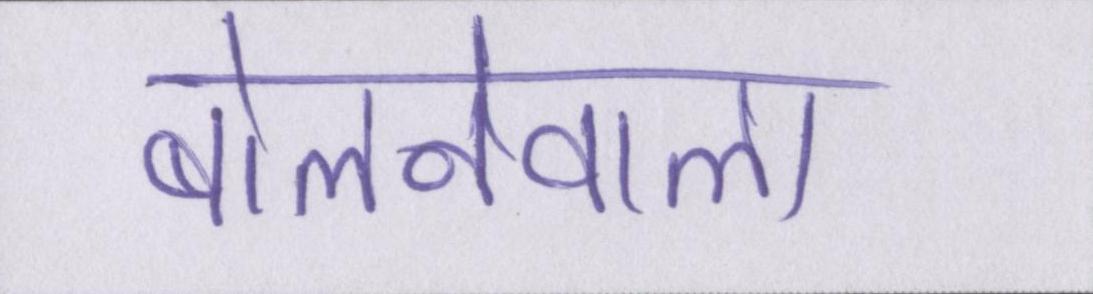
बोलनेवाला